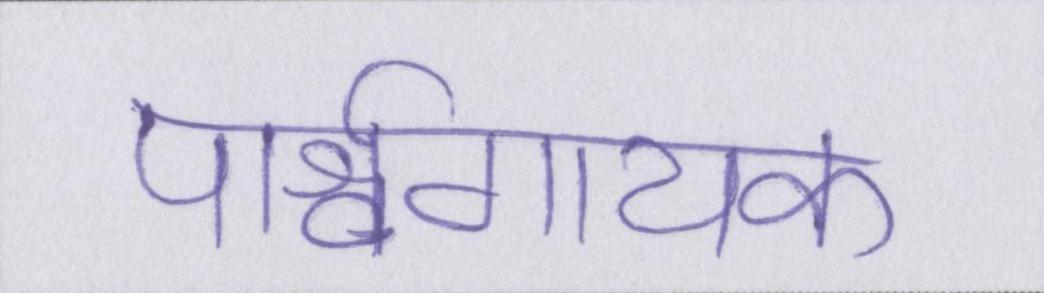
पार्श्वगायक